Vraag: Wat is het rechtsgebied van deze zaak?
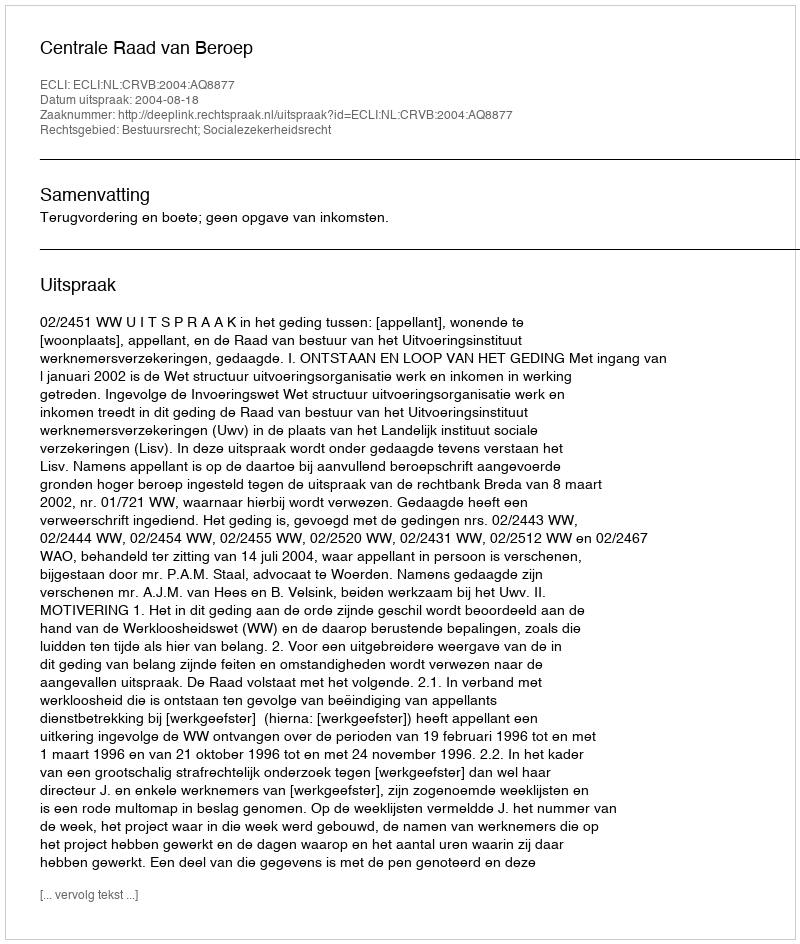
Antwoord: Bestuursrecht; Socialezekerheidsrecht